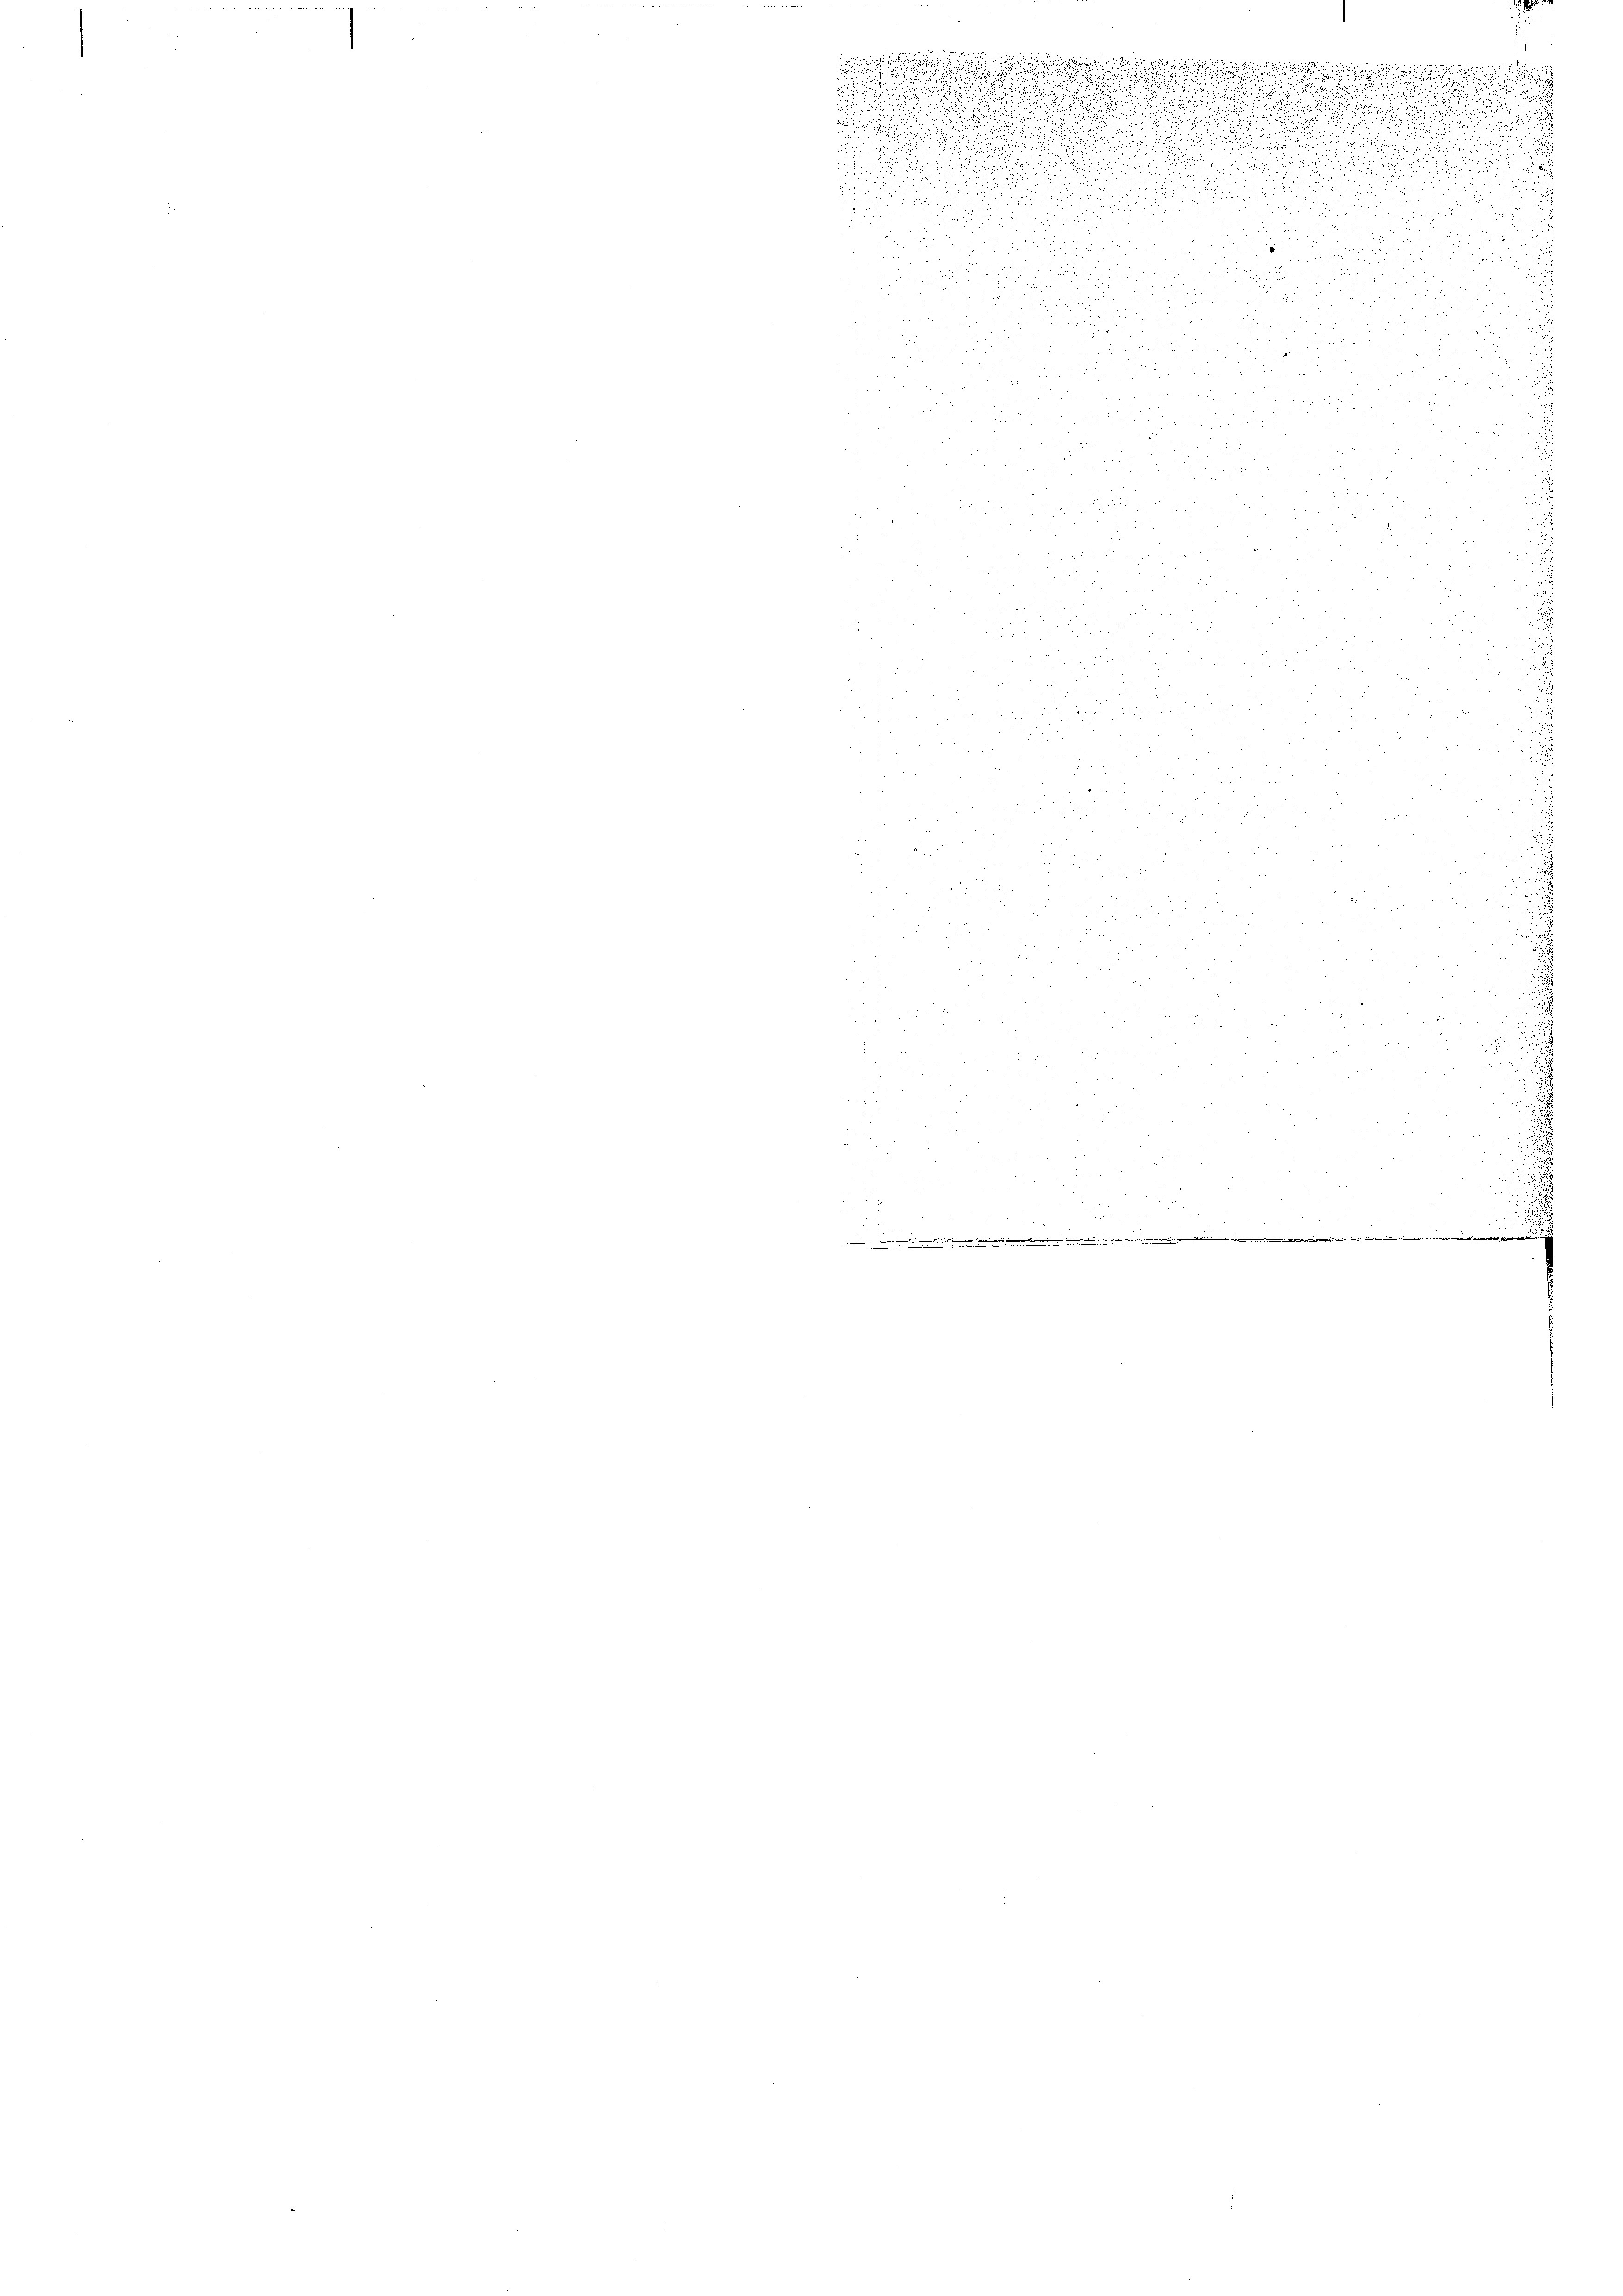
d

s
d
.

d

i
.
.

.

d

.
u

d

.
.

d

d
u
.

nider

u

a. 25. 28

.

d

i
.

2
1

 55 x 15

.
i

Bisher

.
S. di Pa
d

xx

u

5 f 0 x
.
8
8
13
.
d
d
2
2 f 2 x 2 2
d
2
d
d
i
p

15
.
d

2